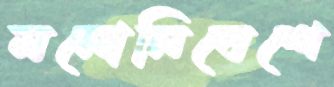
মনোনিবেশে